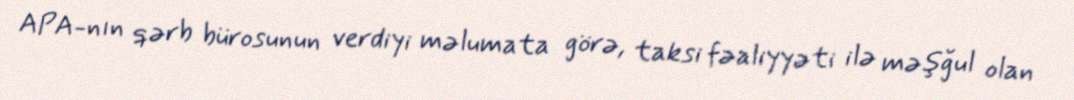
APA-nın qərb bürosunun verdiyi məlumata görə, taksi fəaliyyəti ilə məşğul olan